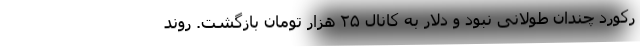
رکورد چندان طولانی نبود و دلار به کانال ۲۵ هزار تومان بازگشت. روند